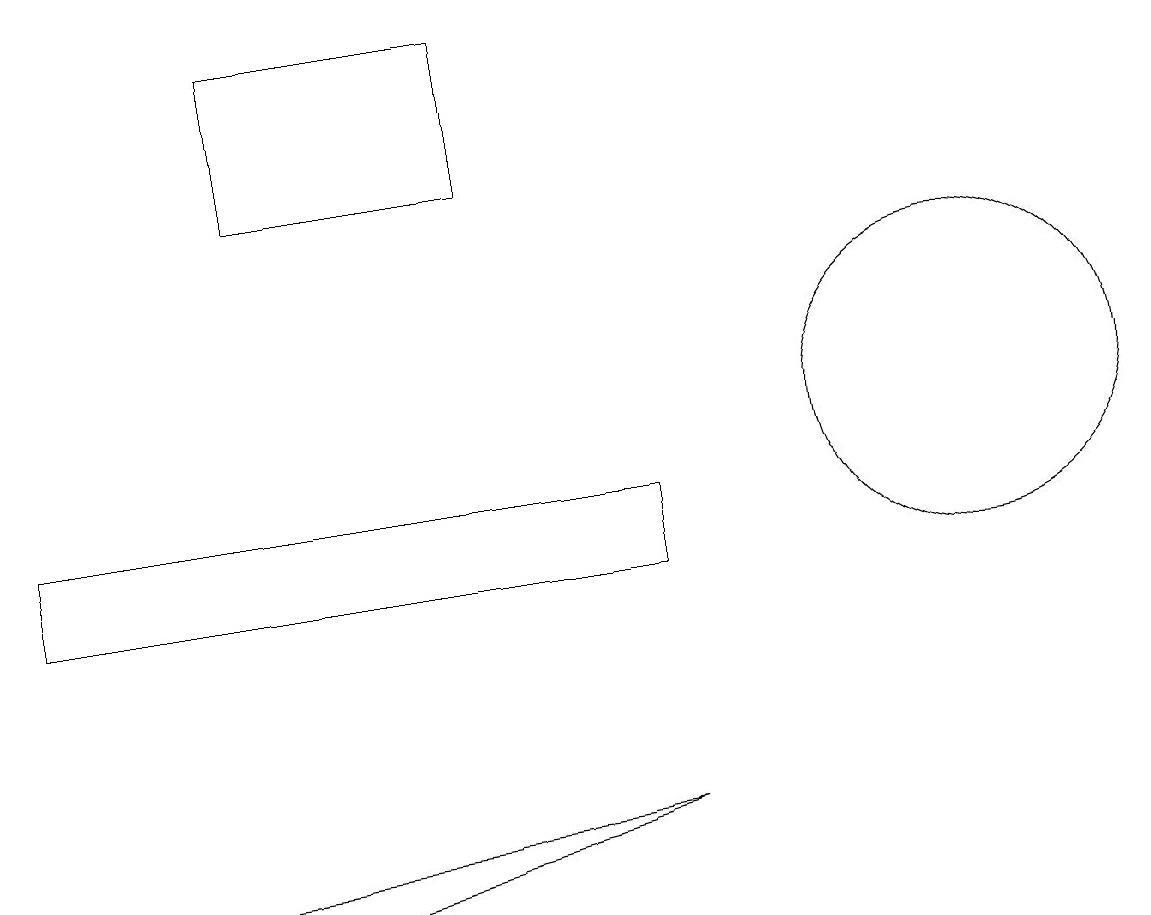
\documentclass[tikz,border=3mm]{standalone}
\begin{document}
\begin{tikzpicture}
\draw (3,15) rectangle (6,17);
\draw (12,12) circle (2);
\draw (0,6) -- (4,6) -- (8,7) -- cycle;
\draw (0,10) rectangle (8,11);
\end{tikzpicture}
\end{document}